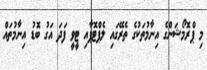
މި ޕްރޮމޯޝަންގެ އިނާމުތަކުގެ ތެރޭގައި ލެޕްޓޮޕާއި ޓީވީ ފަދަ އަގު ބޮޑު އިނާމުތައް